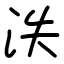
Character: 泆